Lunatic asylums in Bengal annual reports 1912-1924 - 1912-1924
Year: 1912
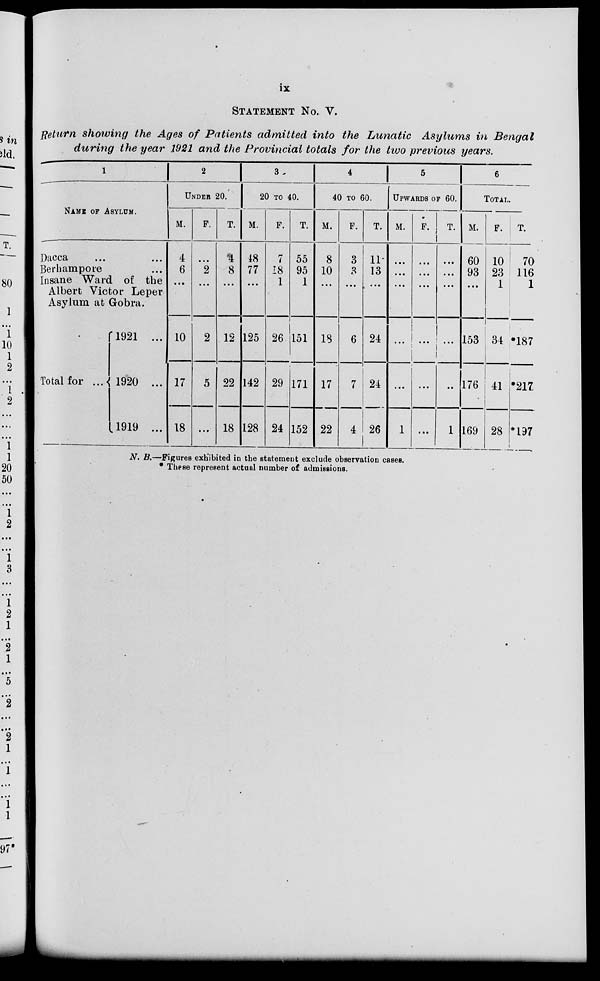
ix
STATEMENT No. V.
Return showing the Ages of Patients admitted into the Lunatic Asylums in Bengal
during the year 1921 and the Provincial totals for the two previous years.
1
2
NAME OF ASYLUM.
Dacca
...
...
Berhampore ...
Insane Ward of the
Albert Victor Leper
Asylum at Gobra.
Total for ...
1921 ...
1920 ...
1919 ...
3
UNDER 20.
M.
4
6
...
10
17
18
F.
...
2
...
2
5
...
T.
4
8
...
12
22
18
3
20 TO 40.
M.
48
77
...
125
142
128
F.
7
18
1
26
29
24
T.
55
95
1
151
171
152
4
40 TO 60.
M.
8
10
...
18
17
22
F.
3
3
...
6
7
4
T.
11
13
...
24
24
26
5
UPWARDS OF 60.
M.
...
...
...
...
...
1
F.
...
...
...
...
...
...
T.
...
...
...
...
...
1
6
TOTAL.
M.
60
93
...
153
176
169
F.
10
23
1
34
41
28
T.
70
116
1
*187
*217
*197
N. B.—Figures exhibited in the statement exclude observation cases.
* These represent actual number of admissions.